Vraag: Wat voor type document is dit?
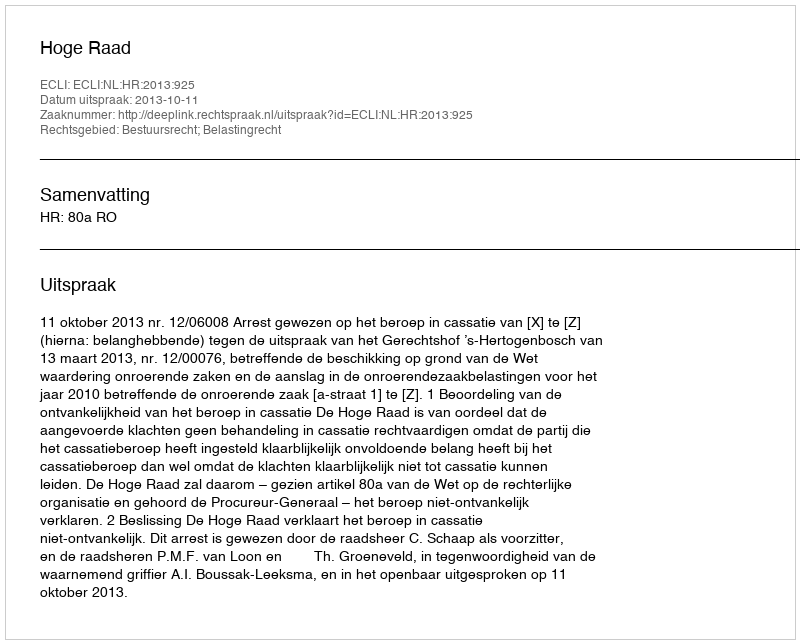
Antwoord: Uitspraak